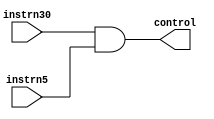
//alucont.v
module alucont(
	instrn30,
	instrn5,
	control
);
input wire instrn30, instrn5;
output wire control;
and(control,instrn30,instrn5); //activate secondary (subtraction, arethmetic shift) if instrn30 set and not immediate 
endmodule